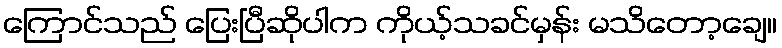
ကြောင်သည် ပြေးပြီဆိုပါက ကိုယ့်သခင်မှန်း မသိတော့ချေ။